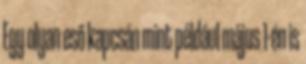
Egy olyan eső kapcsán mint például május 1-én is